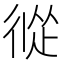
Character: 𢔩